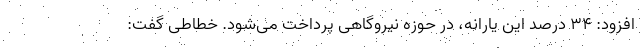
افزود: ۳۴ درصد این یارانه، در حوزه نیروگاهی پرداخت می‌شود. خطاطی گفت: